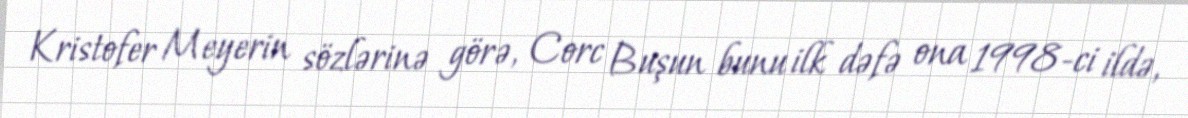
Kristofer Meyerin sözlərinə görə, Corc Buşun bunu ilk dəfə ona 1998-ci ildə,